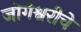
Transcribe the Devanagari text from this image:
जोगेश्वरीचे